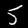
Label: 5